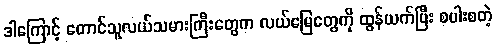
ဒါကြောင့် တောင်သူလယ်သမားကြီးတွေက လယ်မြေတွေကို ထွန်ယက်ပြီး စပါးစတဲ့